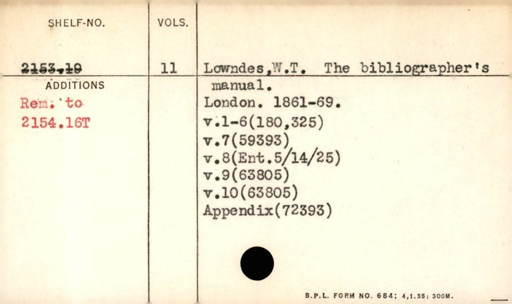
Label: content